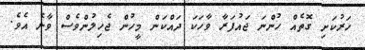
ހަރުކަށި ގޮތެއް ހުންނަ ޖައުފަރާ ވާހަކަ ދައްކަން މީހުން ޖެހިލުންވެސް ވާނެ އެވެ.